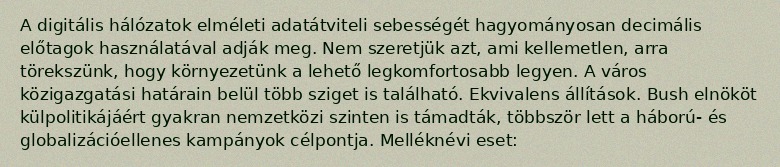
A digitális hálózatok elméleti adatátviteli sebességét hagyományosan decimális előtagok használatával adják meg. Nem szeretjük azt, ami kellemetlen, arra törekszünk, hogy környezetünk a lehető legkomfortosabb legyen. A város közigazgatási határain belül több sziget is található. Ekvivalens állítások. Bush elnököt külpolitikájáért gyakran nemzetközi szinten is támadták, többször lett a háború- és globalizációellenes kampányok célpontja. Melléknévi eset: